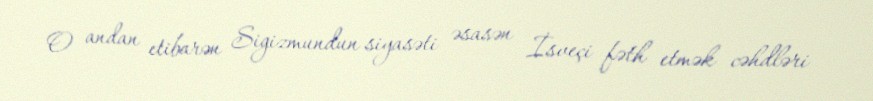
O andan etibarən Sigizmundun siyasəti əsasən İsveçi fəth etmək cəhdləri